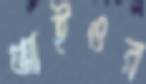
আইওর